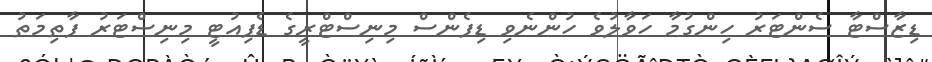
ޑިޒާސްޓާ ސެންޓަރު ހިންގުމާ ހަވާލުވެ ހުންނެވި ޑިފެންސް މިނިސްޓްރީގެ ޑެޕިއުޓީ މިނިސްޓަރު ފާތިމަތު